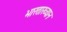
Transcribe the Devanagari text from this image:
भारताख्यान